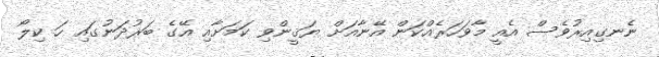
ނެނގިއިރުވެސް އެއީ މާވަހަރެއްކަން އޭނާއަށް ޔަޤީންވި ކަމަށާއި އޭގެ ބަރުދަނުގައި ހަ ކިލޯ